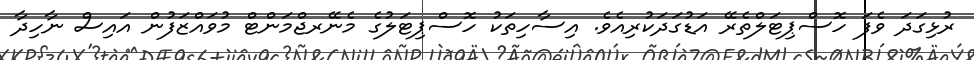
ރުޅިގަދަ ވެފަ ހޮސްޕިޓަލްތެރޭ އަޑުގަދަކުރިއެވެ. އިސާހިތަކު ހޮސްޕިޓަލުގެ މެނޭރޖްމަންޓް މުވައްޒަފުން އައިސް ނާހިދާ